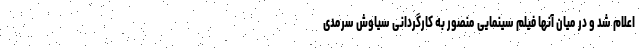
اعلام شد و در میان آنها فیلم سینمایی منصور به کارگردانی سیاوش سرمدی